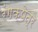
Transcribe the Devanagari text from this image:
रंगक्षेत्रे